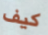
كيف